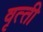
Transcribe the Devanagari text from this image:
वृत्‍ती